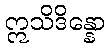
ဣသိဒိန္နော